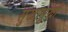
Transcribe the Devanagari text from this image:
सुखासुखी